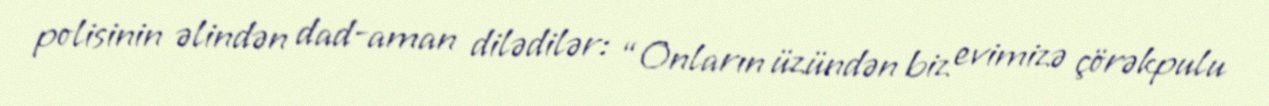
polisinin əlindən dad-aman dilədilər: “Onların üzündən biz evimizə çörəkpulu